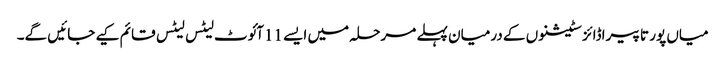
میاں پور تا پیراڈائز سٹیشنوں کے درمیان پہلے مرحلہ میں ایسے 11آئوٹ لیٹس لیٹس قائم کیے جائیں گے۔